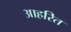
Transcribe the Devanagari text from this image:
आहरित